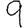
Digit: 9